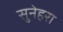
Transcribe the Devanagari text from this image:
सुनेहरा